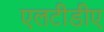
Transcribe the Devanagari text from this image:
एलटीडीए